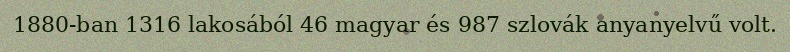
1880-ban 1316 lakosából 46 magyar és 987 szlovák anyanyelvű volt.